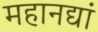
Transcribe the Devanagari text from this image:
महानद्यां